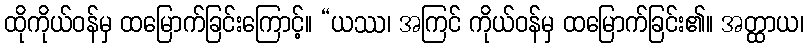
ထိုကိုယ်ဝန်မှ ထမြောက်ခြင်းကြောင့်။ “ယဿ၊ အကြင် ကိုယ်ဝန်မှ ထမြောက်ခြင်း၏။ အတ္ထာယ၊